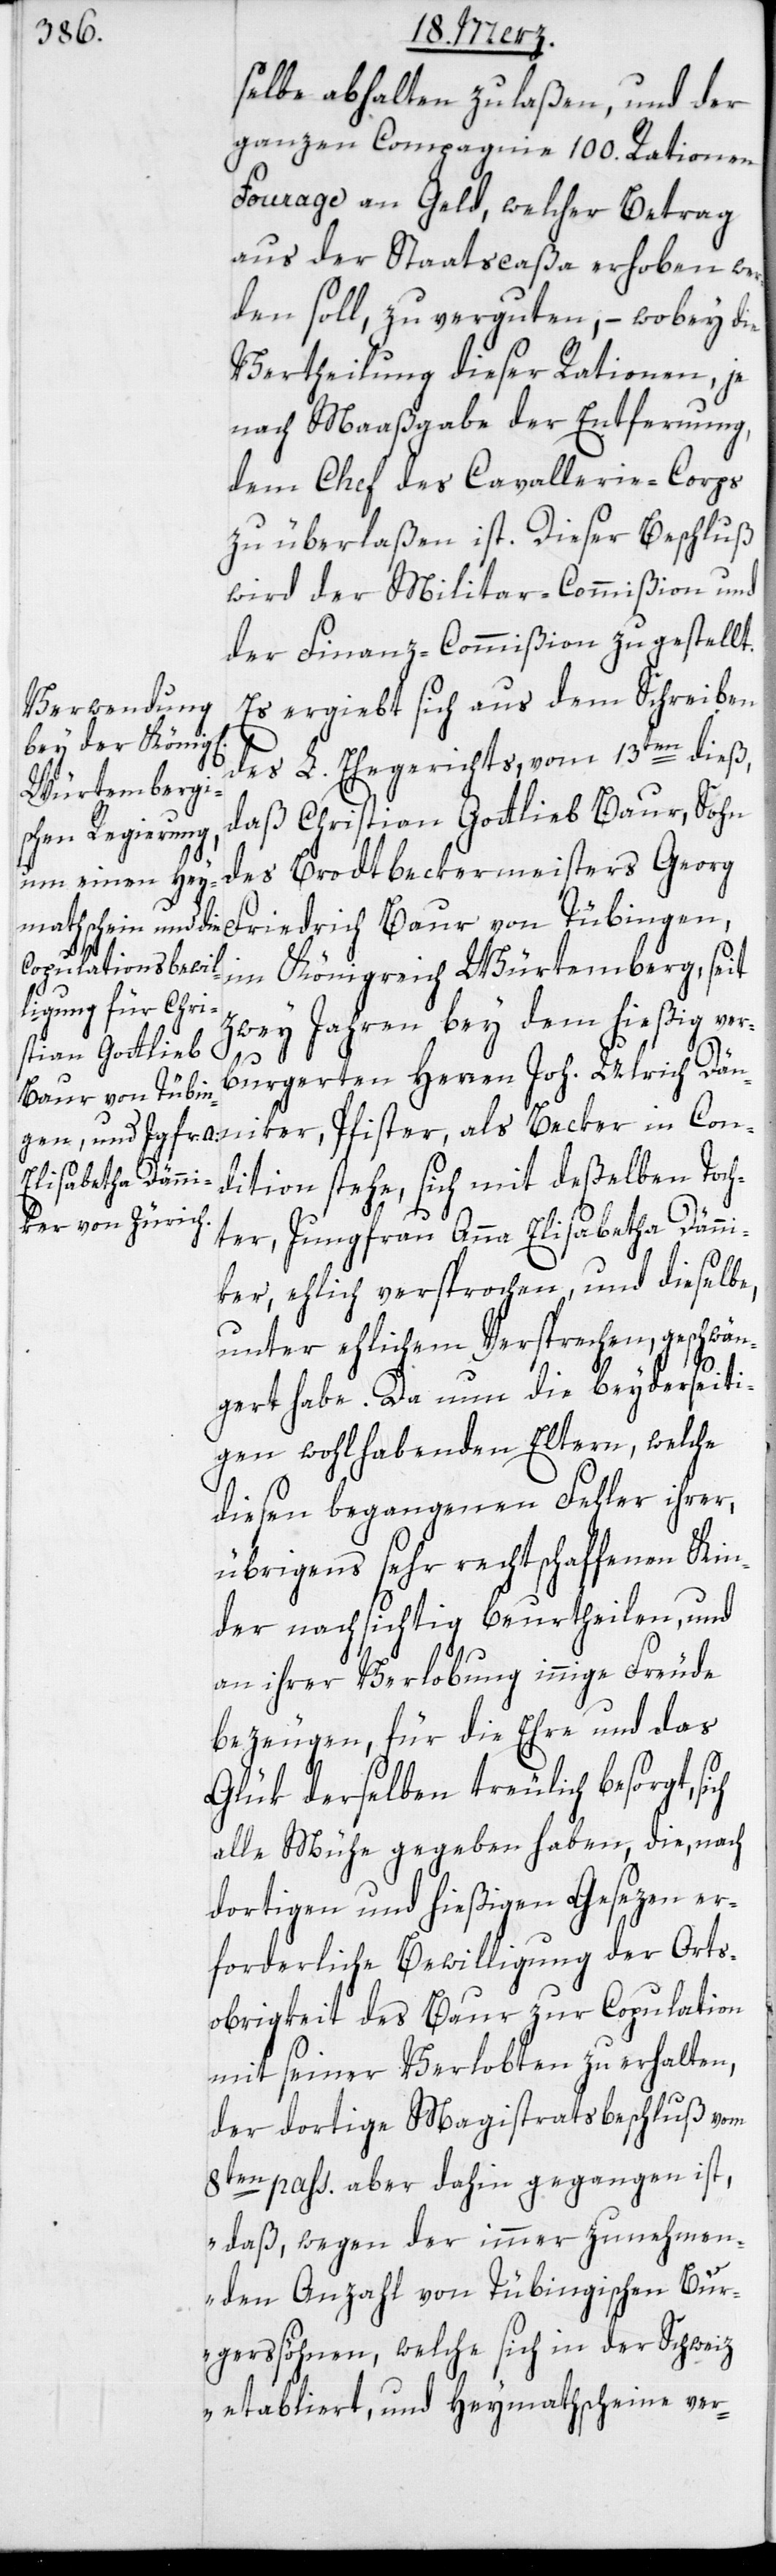
wer¬

selben abhalten zu laßen, und der
ganzen Compagnie 100. Rationen
Fourage an Geld, welcher Betrag
den soll, zu verguten, – wobey die
Vertheilung dieser Rationen, je
nach Maaßgabe der Entfernung,
dem Chef des Cavallerie-Corps
zu überlaßen ist. Dieser Beschluß
wird der Militar-Commißion und
der Finanz-Commißion zugestellt.
Es ergiebt sich aus dem Schreiben
des L. Ehegerichts, vom 13ten dieß,
daß Christian Gottlieb Baur, Sohn
des Brodtbeckermeisters Georg
Friedrich Baur von Tübingen,
im Königreich Würtemberg, seit
zwey Jahren bey dem hießig ver¬
burgerten Herren Joh. Ulrich Dän¬
niker, Pfister, als Becker in Con¬
dition stehe, sich mit deßelben Toch¬
ter, Jungfrau Anna Elisabetha Dänni¬
ker, ehlich versprochen, und dieselbe,
unter ehlichem Versprechen, geschwän¬
gert habe. Da nun die beyderseiti¬
gen wohlhabenden Eltern, welche
diesen begangenen Fehler ihrer,
übrigens sehr rechtschaffenen Kin¬
der nachsichtig beurtheilen, und
an ihrer Verlobung innige Freude
bezeugen, für die Ehre und das
Glük derselben treulich besorgt,
alle Mühe gegeben haben, die, nach
dortigen und hießigen Gesezen er¬
forderliche Bewilligung der Orts¬
obrigkeit des Baur zur Copulation
mit seiner Verlobten zu erhalten,
der dortige Magistratsbeschluß vom
8ten pass. aber dahin gegangen ist,
„daß, wegen der immer zunehmen¬
den Anzahl von Tübingischen Bur¬
gerssöhnen, welche sich in der Schweiz
etabliert, und Heymathscheine ver-